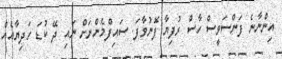
އިންނާނެ ފަންސަވީސް ހާސް ރުފިޔާ ފޮނުވާފަ. ސައިފްމެންނަށް ނައި ދޭ ކުޑަ ހަދިޔާއެއް